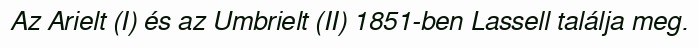
Az Arielt (I) és az Umbrielt (II) 1851-ben Lassell találja meg.